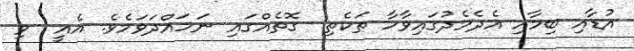
އުޑާއި ބިމާއި އެދެމެދުގައިވާހާ ތަކެތި  ގޮތެއްގައި ނަހައްދަވަމެވެ. އެއީ  ވި